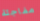
مفاجئة